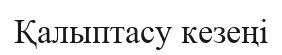
Қалыптасу кезеңі